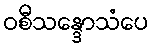
ဝစီသန္ဒောသံပေ